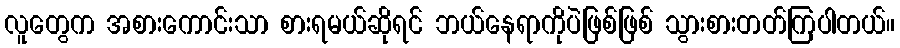
လူတွေက အစားကောင်းသာ စားရမယ်ဆိုရင် ဘယ်နေရာကိုပဲဖြစ်ဖြစ် သွားစားတတ်ကြပါတယ်။